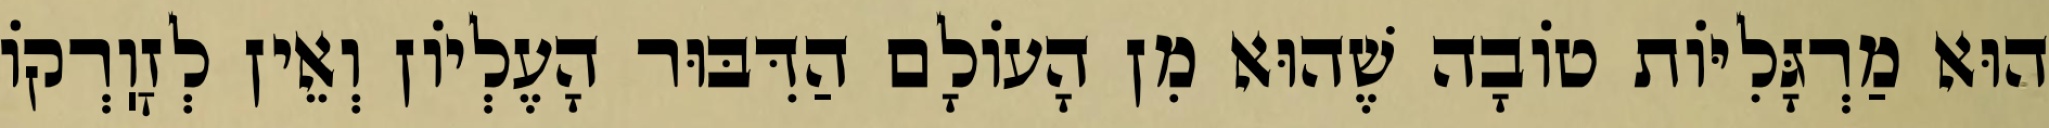
הוּא מַרְגָּלִיּוֹת טוֹבָה שֶׁהוּא מִן הָעוֹלָם הַדִּבּוּר הָעֶלְיוֹן וְאֵין לְזׇוֽרְקוֹ